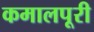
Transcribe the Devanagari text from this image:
कमालपूरी